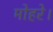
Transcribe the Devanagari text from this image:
मोहरे।